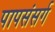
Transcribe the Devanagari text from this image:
पापसंसर्ग